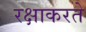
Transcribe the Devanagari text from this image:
रक्षाकरते